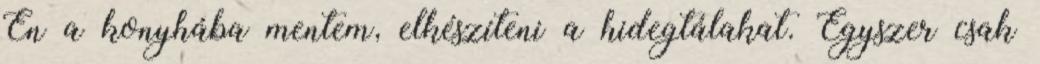
Én a konyhába mentem, elkészíteni a hidegtálakat. Egyszer csak